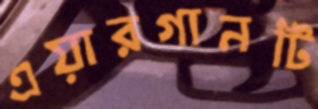
এয়ারগানটি